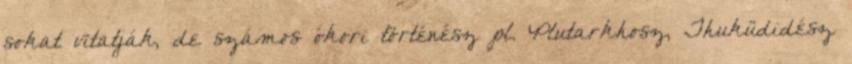
sokat vitatják, de számos ókori történész pl. Plutarkhosz, Thuküdidész